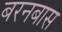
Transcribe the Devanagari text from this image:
बरनबास